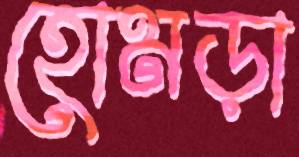
হোমড়া